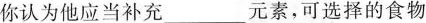
你认为他应当补充___元素，可选择的食物